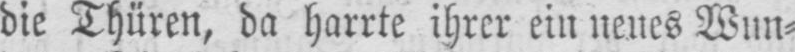
die Thüren, da harrte ihrer ein neues Wun⸗